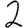
Digit: 2